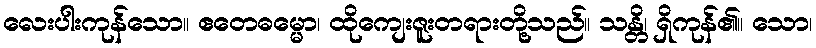
လေးပါးကုန်သော။ ဧတေဓမ္မော၊ ထိုကျေးဇူးတရားတို့သည်။ သန္တိ၊ ရှိကုန်၏။ သော၊